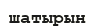
шатырын